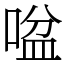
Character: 㖹